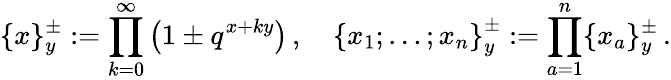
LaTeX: \{ x\} _{y}^{\pm}:=\prod_{k=0}^{\infty}\left(1\pm q^{x+ky}\right)\, ,\quad\left\{ x_{1};\ldots;x_{n}\right\} _{y}^{\pm}:=\prod_{a=1}^{n}\{ x_{a}\} _{y}^{\pm}\, .